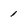
Character: 1